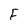
Character: F